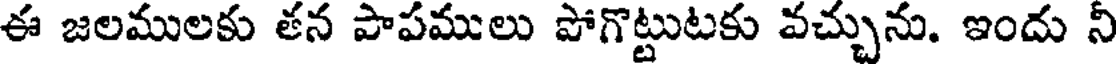
ఈ జలములకు తన పాపములు పోగొట్టుటకు వచ్చును. ఇందు నీ